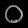
Digit: ၀